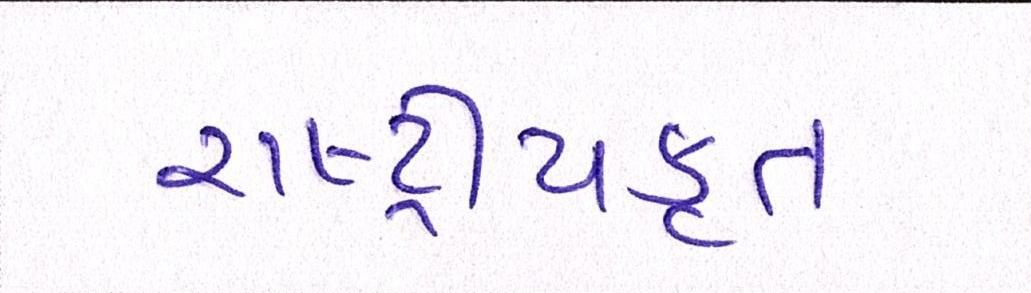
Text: રાષ્ટ્ર્રીયકૃત